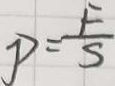
P = \frac { F } { S }